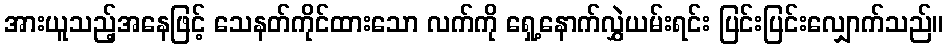
အားယူသည့်အနေဖြင့် သေနတ်ကိုင်ထားသော လက်ကို ရှေ့နောက်လွှဲယမ်းရင်း ပြင်းပြင်းလျှောက်သည်။